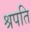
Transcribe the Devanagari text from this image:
श्रपति